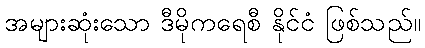
အများဆုံးသော ဒီမိုကရေစီ နိုင်ငံ ဖြစ်သည်။